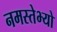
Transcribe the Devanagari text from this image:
नमस्तेभ्यो